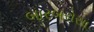
બારબરોસા